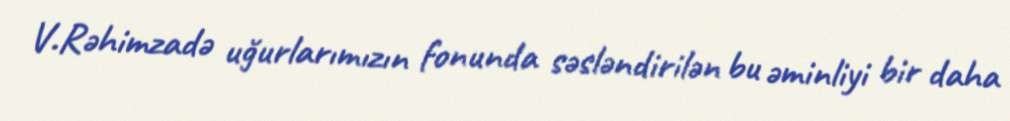
V.Rəhimzadə uğurlarımızın fonunda səsləndirilən bu əminliyi bir daha